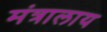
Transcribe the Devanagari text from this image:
मंत्रालाय